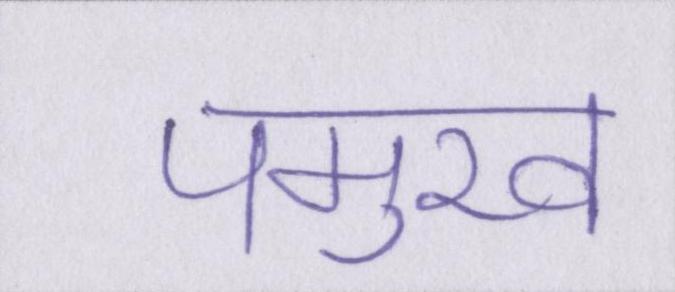
पमुख